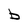
Character: b